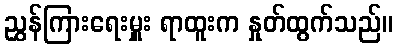
ညွှန်ကြားရေးမှူး ရာထူးက နှုတ်ထွက်သည်။